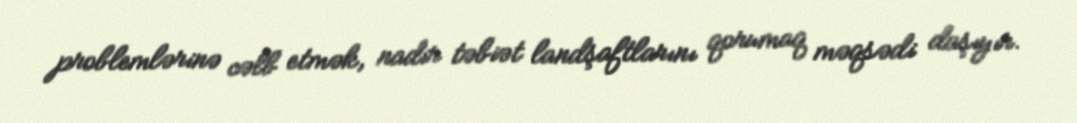
problemlərinə cəlb etmək, nadir təbiət landşaftlarını qorumaq məqsədi daşıyır.